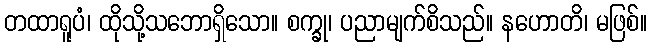
တထာရူပံ၊ ထိုသို့သဘောရှိသော။ စက္ခု၊ ပညာမျက်စိသည်။ နဟောတိ၊ မဖြစ်။